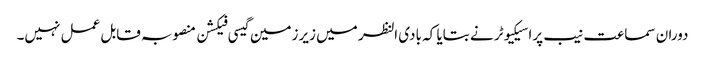
دوران سماعت نیب پراسیکیوٹر نے بتایا کہ بادی النظر میں زیرزمین گیسی فیکشن منصوبہ قابل عمل نہیں۔